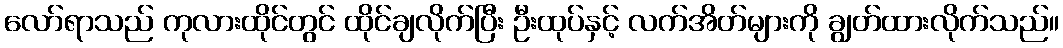
လော်ရာသည် ကုလားထိုင်တွင် ထိုင်ချလိုက်ပြီး ဦးထုပ်နှင့် လက်အိတ်များကို ချွတ်ထားလိုက်သည်။